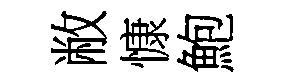
敝慷鮑